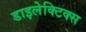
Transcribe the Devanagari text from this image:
डाइलेक्टिक्स